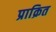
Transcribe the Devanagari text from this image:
प्राक्रित